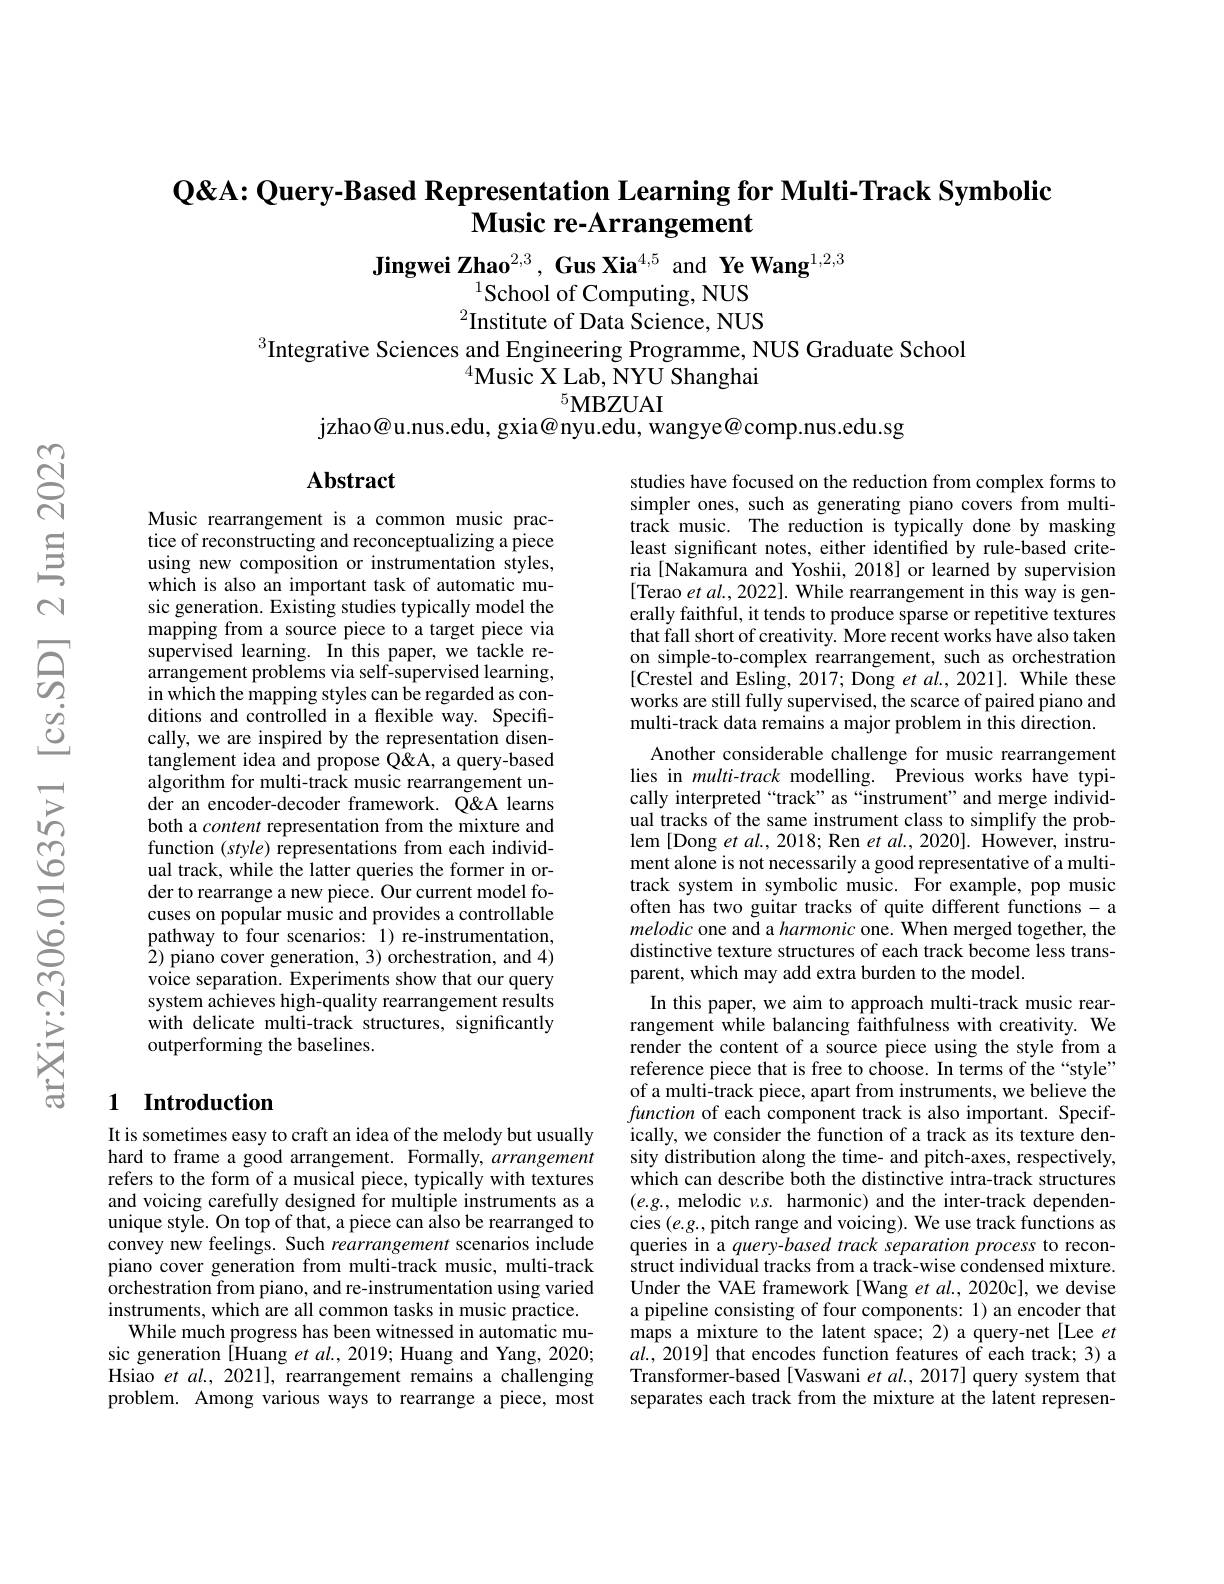
# $\mathbf{Q}$< Query- Based Representation Learning for Multi-Track Symbolic $\textbf{Music re- Arrangement}$

Jingwei Zhao$^{2,3}$,Gus Xia$^{4,5}$ and Ye Wang$^{1,2,3}$
$^{1}$School of Computing, NUS $^{2}$Institute of Data Science, NUS

$^{3}$Integrative Sciences and Engineering Programme, NUS Graduate School
$^{4}\bar{\text{Music X Lab, NYU Shanghai}}$
$^{5}$MBZUAI
jzhao@u.nus.edu, gxia@nyu.edu, wangye@comp.nus.edu.sg

## $\mathbf{Abstract}$

Music rearrangement is a common music practice of reconstructing and reconceptualizing a piece using new composition or instrumentation styles, which is also an important task of automatic music generation. Existing studies typically model the mapping from a source piece to a target piece via supervised learning. In this paper, we tackle re- $\hat{\text{arrangement problems via self-supervised learning}}$, in which the mapping styles can be regarded as conditions and controlled in a flexible way. Specifically, we are inspired by the representation disentanglement idea and propose Q&A, a query-based algorithm for multi-track music rearrangement under an encoder-decoder framework. Q&A learns both a content representation from the mixture and function (style) representations from each individual track, while the latter queries the former in order to rearrange a new piece. Our current model focuses on popular music and provides a controllable pathway to four scenarios: 1) re-instrumentation, 2) piano cover generation, 3) orchestration, and 4) voice separation. Experiments show that our query system achieves high-quality rearrangement results with delicate multi-track structures, significantly outperforming the baselines.

studies have focused on the reduction from complex forms to simpler ones, such as generating piano covers from multitrack music. The reduction is typically done by masking least significant notes, either identified by rule-based criteria [Nakamura and Yoshii, 2018] or learned by supervision [Terao et al.2022]. While rearrangement in this way is generally faithful, it tends to produce sparse or repetitive textures that fall short of creativity. More recent works have also taken on simple-to-complex rearrangement, such as orchestration [Crestel and Esling, 2017; Dong et $al.,2021].$ While these works are still fully supervised, the scarce of paired piano and multi-track data remains a major problem in this direction.
Another considerable challenge for music rearrangement lies in multi-track modelling. Previous works have typically interpreted“track”as“instrument”and merge individual tracks of the same instrument class to simplify the problem [Dong et al., 2018; Ren et al., 2020]. However, instrument alone is not necessarily a good representative of a multitrack system in symbolic music. For example, pop music often has two guitar tracks of quite different functions- a melodic one and a harmonic one. When merged together, the distinctive texture structures of each track become less transparent, which may add extra burden to the model.
In this paper, we aim to approach multi-track music rearrangement while balancing faithfulness with creativity. We render the content of a source piece using the style from a reference piece that is free to choose. In terms of the“style” of a multi-track piece, apart from instruments, we believe the function of each component track is also important. Specifically, we consider the function of a track as its texture density distribution along the time- and pitch-axes, respectively, which can describe both the distinctive intra-track structures $(e.g.$, melodic $v.s.$ harmonic) and the inter-track dependencies $(e.g.$,pitch range and voicing). We use track functions as queries in a $query-based$ track separation process to reconstruct individual tracks from a track-wise condensed mixture. Under the VAE framework [Wang et al., 2020c], we devise a pipeline consisting of four components: 1) an encoder that maps a mixture to the latent space; 2) a query-net [Lee et $al.,2019]$ that encodes function features of each track; 3) a Transformer-based[Vaswani $et\textit{al. , 2017] query system that}$ separates each track from the mixture at the latent represen-

### 1 Introduction

It is sometimes easy to craft an idea of the melody but usually hard to frame a good arrangement. Formally, arrangement refers to the form of a musical piece, typically with textures and voicing carefully designed for multiple instruments as a unique style. On top of that, a piece can also be rearranged to convey new feelings. Such rearrangement scenarios include piano cover generation from multi-track music, multi-track orchestration from piano, and re-instrumentation using varied instruments, which are all common tasks in music practice.
While much progress has been witnessed in automatic music generation [Huang et al., 2019; Huang and Yang, 2020; Hsiao $etal.,2021]$, rearrangement remains a challenging problem. Among various ways to rearrange a piece, most